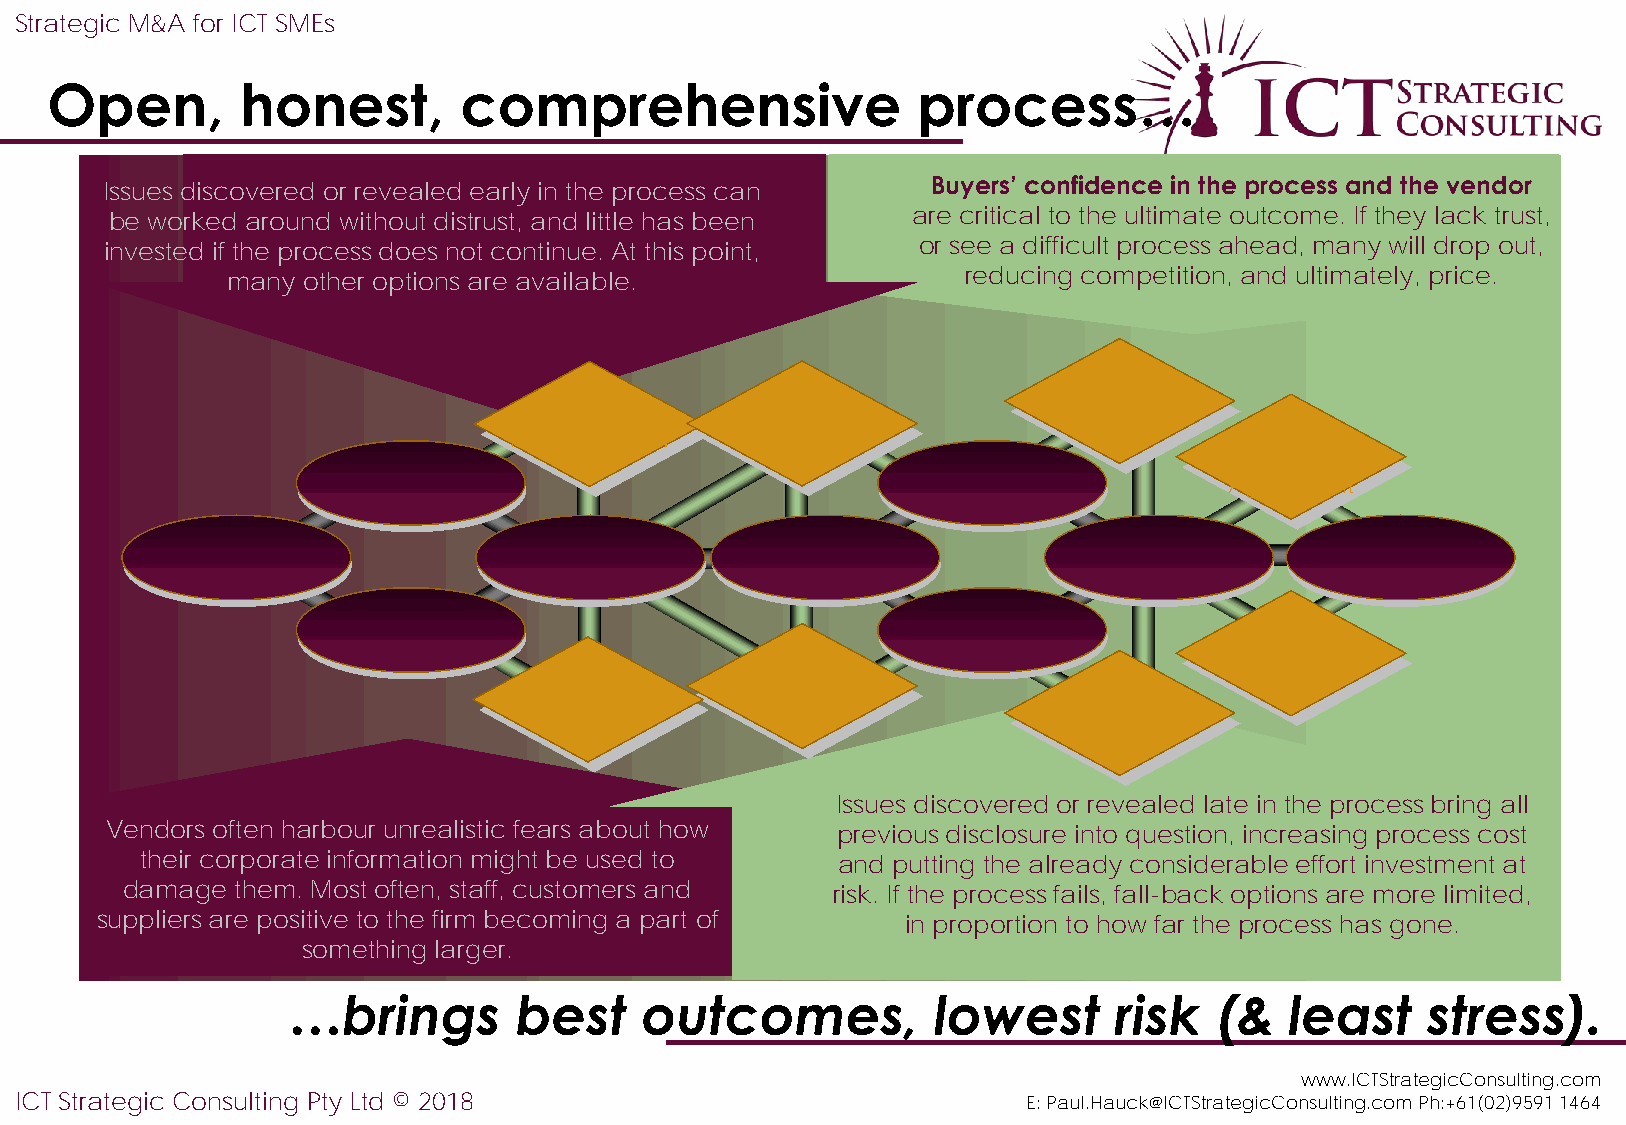
Strategic M&A for ICT SMEs
 Open,        honest,       comprehensive                  process…
 Issues discovered or revealed early in the process can Buyers’ confidence in the process and the vendor
 be worked around without distrust, and little has been are critical to the ultimate outcome. If they lack trust,
 invested if the process does not continue. At this point, or see a difficult process ahead, many will drop out,
 many other options are available.                reducing competition, and ultimately, price.
 Heads Of
 Information   Indicative           Agreement
 Sale &
 Memorandum       Offers
 Purchase
 Agreement
 Payment &
 Asset Titles
 Long List     Short List
 Of Prospects                        Data Room
 Issues discovered or revealed late in the process bring all
 Vendors often harbour unrealistic fears about how previous disclosure into question, increasing process cost
 their corporate information might be used to  and putting the already considerable effort investment at
 damage  them. Most often, staff, customers and risk. If the process fails, fall-back options are more limited,
 suppliers are positive to the firm becoming a part of in proportion to how far the process has gone.
 something larger.
 …brings        best    outcomes,           lowest      risk  (&   least    stress).
 www.ICTStrategicConsulting.com
 ICT Strategic Consulting Pty Ltd © 2018                            E: Paul.Hauck@ICTStrategicConsulting.com Ph:+61(02)9591 1464